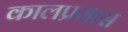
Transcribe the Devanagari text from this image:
कालप्रवास